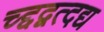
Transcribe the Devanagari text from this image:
च्द्दद्वत्दद्य